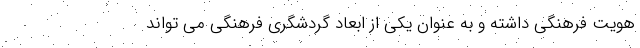
هویت فرهنگی داشته و به عنوان یکی از ابعاد گردشگری فرهنگی می تواند